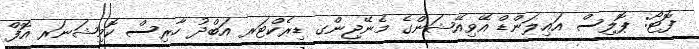
ފޮޓޯ: ޕޮލިސް އައިލަންޑް އޭވިއޭޝަންގެ މެނޭޖިންގ ޑިރެކްޓަރ އަބްދު ހާރިސް ކޮމިޝަނަރ އޮފް